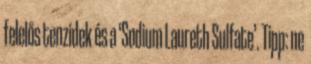
felelős tenzidek és a ‘Sodium Laureth Sulfate’. Tipp: ne